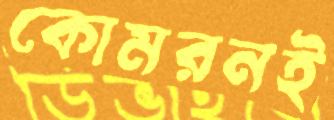
কোমরনই